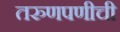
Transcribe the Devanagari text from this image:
तरुणपणीची